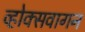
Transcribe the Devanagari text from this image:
व्होक्सवागन